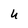
Character: U